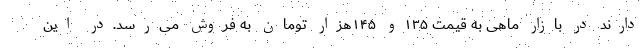
دارند در بازار ماهی به قیمت ۱۳۵و ۱۴۵هزار تومان به فروش می‌رسد.در این